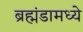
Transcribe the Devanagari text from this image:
ब्रह्मंडामध्ये